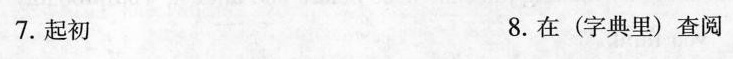
7.起初 8.在(字典里)查阅